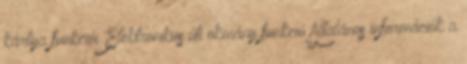
kártya funkciói Elektronikus úti okmány funkció Általános információk a